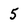
Character: 5